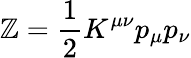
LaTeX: \mathbb{Z}={\frac{{1}}{{2}}}K^{\mu\nu}p_{\mu}p_{\nu}